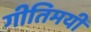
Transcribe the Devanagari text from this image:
गीतिमयी